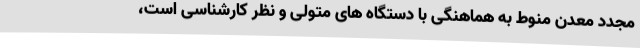
مجدد معدن منوط به هماهنگی با دستگاه های متولی و نظر کارشناسی است،